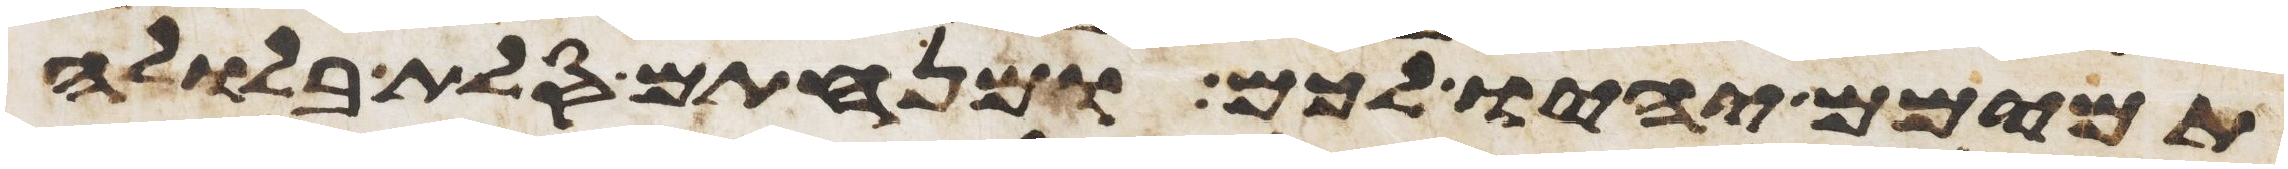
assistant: תמימם יהיו לכם ומנחתם סלת בלולה